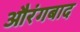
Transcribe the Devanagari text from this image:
औरंगबाद